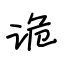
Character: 诡